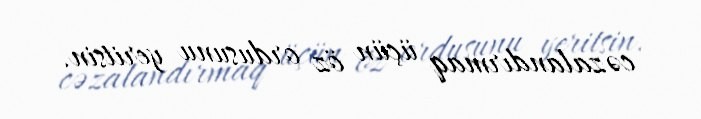
cəzalandırmaq üçün öz ordusunu yeritsin.